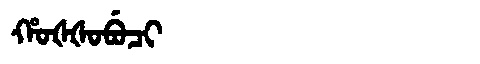
Manchu: ᡥᠣᡧᡧᠣᠪᡠᠴᡳ
Romanization: HOŠŠOBUCI